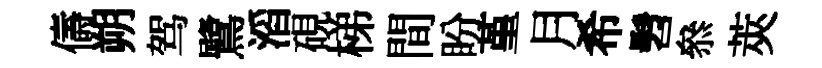
儔朔驾鷺滔硯梯間盼堇月希髫叅莢